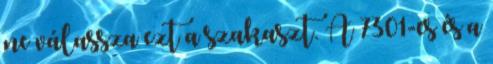
ne válassza ezt a szakaszt. A 7301-es és a